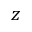
z